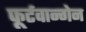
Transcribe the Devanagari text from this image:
फूर्टवान्गेन